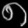
Digit: ၈